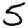
Digit: 5